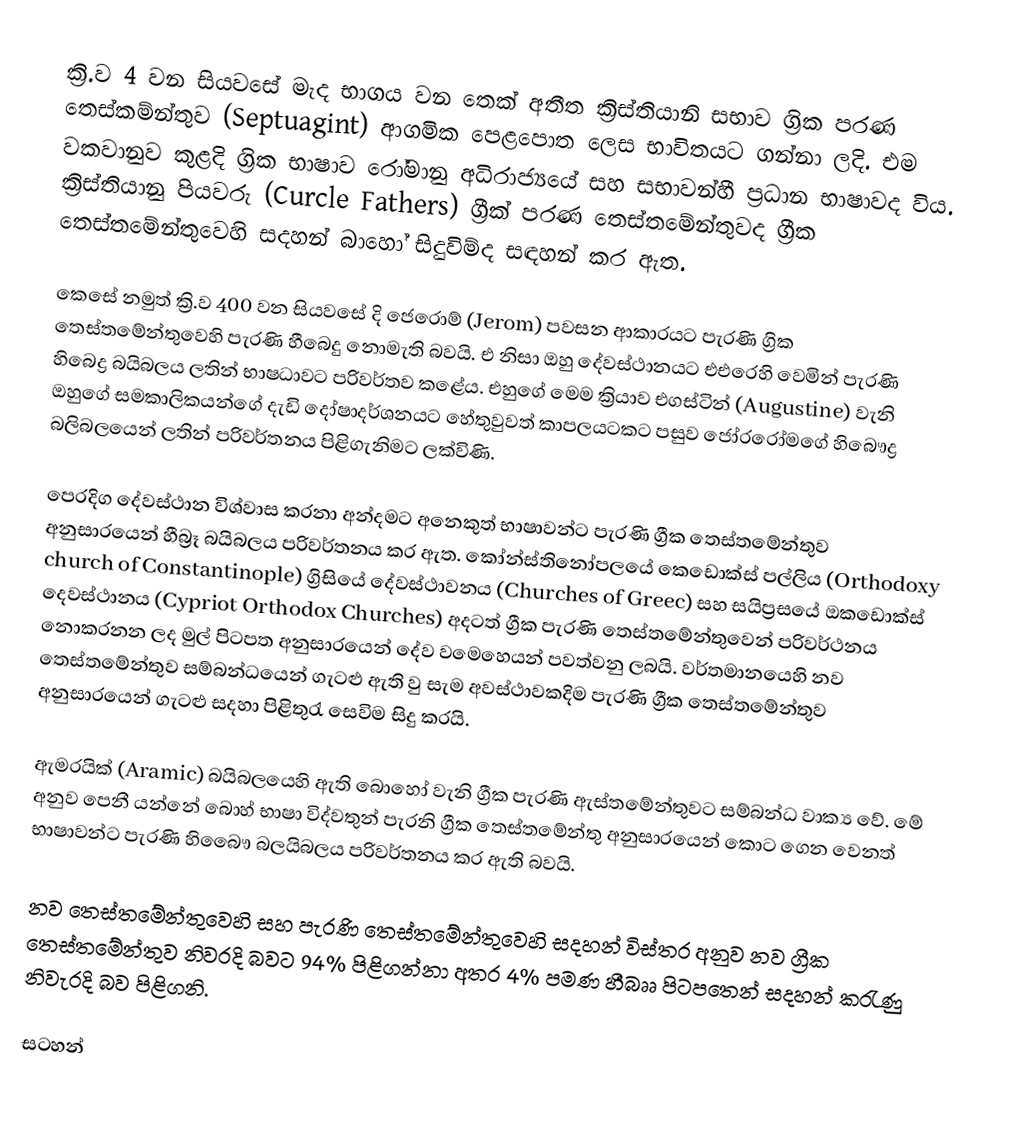
ක්‍රි.ව 4 වන සියවසේ මැද භාගය වන තෙක් අතීත ක්‍රිස්තියානි සභාව ග්‍රික පරණ තෙස්කම්න්තුව (Septuagint) ආගමික පෙළපොත ලෙස භාවිතයට ගන්නා ලදි. එම වකවානුව කුළදි ග්‍රික භාෂාව රෝමානු අධිරාජ්‍යයේ සහ සභාවන්හී ප්‍රධාන භාෂාවද විය. ක්‍රිස්තියානු පියවරු (Curcle Fathers) ග්‍රීක් පරණ තෙස්තමේන්තුවද ග්‍රීක තෙස්තමේන්තුවෙහි සදහන් බාහෝ සිදුවිම්ද  සඳහන් කර ඇත.

කෙසේ නමුත් ක්‍රි.ව 400 වන සියවසේ දි ජෙරොම් (Jerom) පවසන ආකාරයට පැරණි ග්‍රික තෙස්තමේන්තුවෙහි පැරණි හීබෙදු නොමැති බවයි. එ නිසා ඔහු දේවස්ථානයට එඑරෙහි වෙමින් පැරණි හිබෙද්‍ර බයිබලය ලතින් භාෂධාවට පරිවර්තව කළේය. එහුගේ මෙම ක්‍රියාව එගස්ටින් (Augustine) වැනි ඔහුගේ සමකාලිකයන්ගේ දැඩි දෝෂාදර්ශනයට හේතුවුවත් කාපලයටකට පසුව ජෝරරෝමගේ හිබෞද්‍ර බලිබලයෙන් ලතින් පරිවර්තනය පිළිගැනිමට ලක්විණි.

පෙරදිග දේවස්ථාන විශ්වාස කරනා අන්දමට අනෙකුත් භාෂාවන්ට පැරණි ග්‍රීක තෙස්තමේන්තුව අනුසාරයෙන් හීබ්‍රෑ බයිබලය පරිවර්තනය කර ඇත. කෝන්ස්තිනෝපලයේ කෙඩොක්ස් පල්ලිය (Orthodoxy church of Constantinople) ග්‍රිසියේ දේවස්ථාවනය (Churches of Greec) සහ සයිප්‍රසයේ ඔකඩොක්ස් දෙවස්ථානය (Cypriot Orthodox Churches) අදටත් ග්‍රීක පැරණි තෙස්තමේන්තුවෙන් පරිවර්ථනය නොකරනන ලද මුල් පිටපත අනුසාරයෙන් දේව වමෙහෙයන් පවත්වනු ලබයි. වර්තමානයෙහි නව තෙස්තමේන්තුව සම්බන්ධයෙන් ගැටළු ඇති වු සැම අවස්ථාවකදිම පැරණි ග්‍රීක තෙස්තමේන්තුව අනුසාරයෙන් ගැටළු සදහා පිළිතුරැ සෙවිම සිදු කරයි.

ඇමරයික් (Aramic) බයිබලයෙහි ඇති බොහෝ වැනි ග්‍රීක පැරණි ඇස්තමේන්තුවට සම්බන්ධ වාක්‍ය වේ. මේ අනුව පෙනී යන්නේ බොහ් භාෂා විද්වතුන් පැරනි ග්‍රීක තෙස්තමේන්තු අනුසාරයෙන් කොට ගෙන වෙනත් භාෂාවන්ට පැරණි හිබෛෟ බලයිබලය පරිවර්තනය කර ඇති බවයි.

නව තෙස්තමේන්තුවෙහි සහ පැරණි තෙස්තමේන්තුවෙහි සදහන් විස්තර අනුව නව ග්‍රීක තෙස්තමේන්තුව නිවරදි බවට 94% පිළිගන්නා අතර 4% පමණ හීබෲ පිට‍පතෙන් සදහන් කරැණු නිවැරදි බව පිළිගනි.

සටහන්